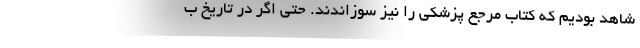
شاهد بودیم که کتاب مرجع پزشکی را نیز سوزاندند. حتی اگر در تاریخ ب